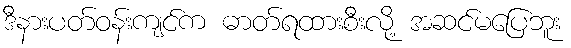
ဒီနားပတ်ဝန်းကျင်က ဓာတ်ရထားစီးလို့ အဆင်မပြေဘူး